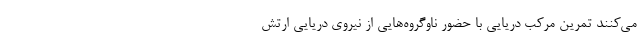
می‌کنند تمرین مرکب دریایی با حضور ناوگروه‌هایی از نیروی دریایی ارتش